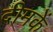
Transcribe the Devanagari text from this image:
दीमकें